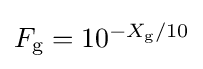
{\textstyle F_{\text{g}}=10^{-X_{\text{g}}/10}}